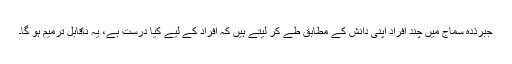
جبرذدہ سماج میں چند افراد اپنی دانش کے مطابق طے کر لیتے ہیں کہ افراد کے لیے کیا درست ہے، یہ ناقابل ترمیم ہو گا۔